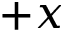
+ x